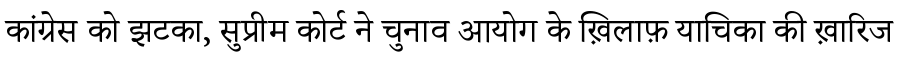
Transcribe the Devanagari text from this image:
कांग्रेस को झटका, सुप्रीम कोर्ट ने चुनाव आयोग के ख़िलाफ़ याचिका की ख़ारिज